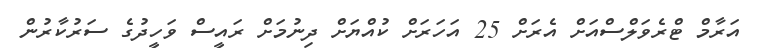
އަރާމް ޓްރެވަލްސްއަށް އެރަށް 25 އަހަރަށް ކުއްޔަށް ދިނުމަށް ރައީސް ވަހީދުގެ ސަރުކާރުން